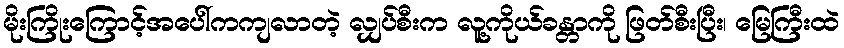
မိုးကြိုးကြောင့်အပေါ်ကကျလာတဲ့ လျှပ်စီးက လူ့ကိုယ်ခန္တာကို ဖြတ်စီးပြီး၊ မြေကြီးထဲ